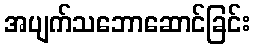
အပျက်သဘောဆောင်ခြင်း